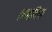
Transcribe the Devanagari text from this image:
लामाचिया